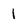
Character: 1